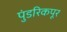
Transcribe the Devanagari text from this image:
पुंडरिकपूर